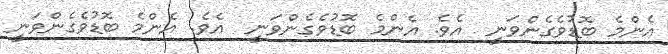
އެންމެ ބޮޑުވެގެންވަނީ  އެވެ. އެންމެ ބޮޑުވެގެންވަނީ  އެވެ. އެންމެ ބޮޑުވެގެންވަނީ